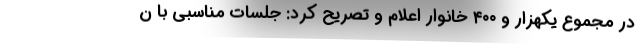
در مجموع یکهزار و ۴۰۰ خانوار اعلام و تصریح کرد: جلسات مناسبی با ن